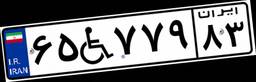
۸۳W۹۷۵۸۸